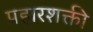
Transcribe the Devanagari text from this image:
प्रहारशक्ती